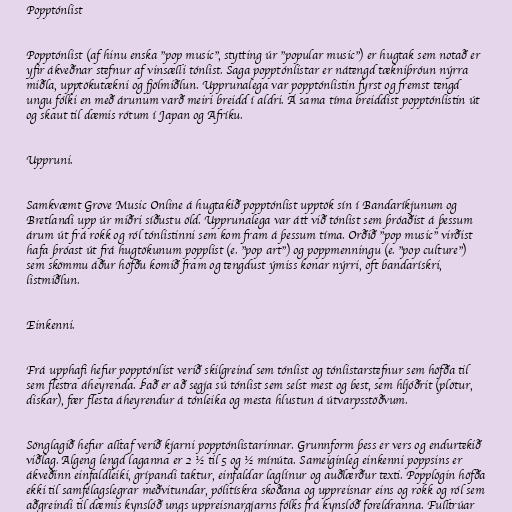
Popptónlist

Popptónlist (af hinu enska "pop music", stytting úr "popular music") er hugtak sem notað er
yfir ákveðnar stefnur af vinsælli tónlist. Saga popptónlistar er nátengd tækniþróun nýrra
miðla, upptökutækni og fjölmiðlun. Upprunalega var popptónlistin fyrst og fremst tengd
ungu fólki en með árunum varð meiri breidd í aldri. Á sama tíma breiddist popptónlistin út
og skaut til dæmis rótum í Japan og Afríku.

Uppruni.

Samkvæmt Grove Music Online á hugtakið popptónlist upptök sín í Bandaríkjunum og
Bretlandi upp úr miðri síðustu öld. Upprunalega var átt við tónlist sem þróaðist á þessum
árum út frá rokk og ról tónlistinni sem kom fram á þessum tíma. Orðið "pop music" virðist
hafa þróast út frá hugtökunum popplist (e. "pop art") og poppmenningu (e. "pop culture")
sem skömmu áður höfðu komið fram og tengdust ýmiss konar nýrri, oft bandarískri,
listmiðlun.

Einkenni.

Frá upphafi hefur popptónlist verið skilgreind sem tónlist og tónlistarstefnur sem höfða til
sem flestra áheyrenda. Það er að segja sú tónlist sem selst mest og best, sem hljóðrit (plötur,
diskar), fær flesta áheyrendur á tónleika og mesta hlustun á útvarpsstöðvum.

Sönglagið hefur alltaf verið kjarni popptónlistarinnar. Grunnform þess er vers og endurtekið
viðlag. Algeng lengd laganna er 2 ½ til 5 og ½ mínúta. Sameiginleg einkenni poppsins er
ákveðinn einfaldleiki, grípandi taktur, einfaldar laglínur og auðlærður texti. Popplögin höfða
ekki til samfélagslegrar meðvitundar, pólitískra skoðana og uppreisnar eins og rokk og ról sem
aðgreindi til dæmis kynslóð ungs uppreisnargjarns fólks frá kynslóð foreldranna. Fulltrúar